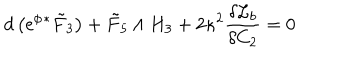
d \left( \mathrm { e } ^ { \phi } { } ^ { * } { \tilde { F } } _ { 3 } \right) + { \tilde { F } } _ { 5 } \wedge H _ { 3 } + 2 \kappa ^ { 2 } \frac { \delta { \cal { L } } _ { b } } { \delta C _ { 2 } } = 0